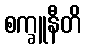
စက္ခူနီတိ